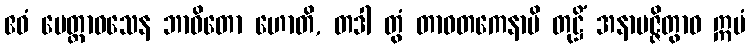
ဧဝံ မေတ္တာဝသေန ဘာဝိတော ဟောတိ, တဒါ တွံ တာဝတကေနာပိ တုဋ္ဌိံ အနာပဇ္ဇိတွာဝ ဣမံ